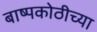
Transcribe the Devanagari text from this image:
बाष्पकोठीच्या